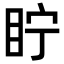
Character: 眝